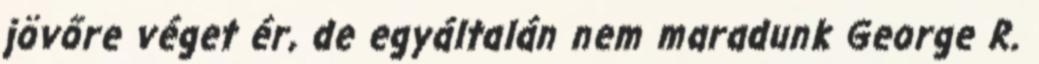
jövőre véget ér, de egyáltalán nem maradunk George R.